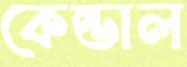
কেন্ডাল